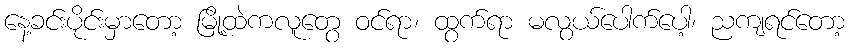
နေ့ခင်းပိုင်းမှာတော့ မြို့ထဲကလူတွေ ဝင်ရာ၊ ထွက်ရာ မလွယ်ပေါက်ပေါ့၊ ညကျရင်တော့